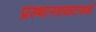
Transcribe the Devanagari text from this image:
प्रस्थानशकटारूढो